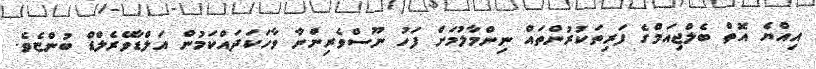
އިއްޔެ އޮތް ބެލްޖިއަމްގެ ފަރިތަކުރުންތައް ނިންމާލުމަށް ފަހު ނޫސްވެރިންނާ ވާހަކަދައްކަމުން އަލްޑާވޭރެލްޑް ބުންޏެވެ.